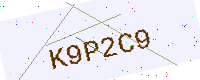
Text: K9P2C9